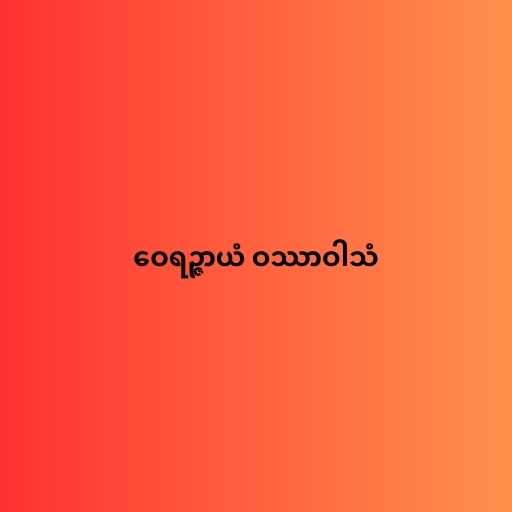
ဝေရဉ္ဇာယံ ဝဿာဝါသံ